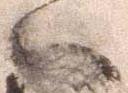
ハ